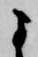
よ